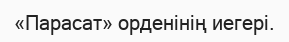
«Парасат» орденінің иегері.